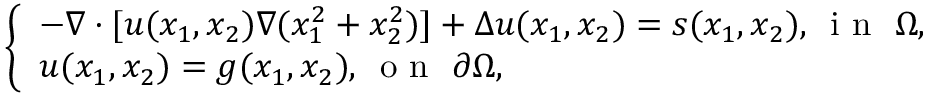
\left\{ \begin{array} { l l } { - \nabla \cdot [ u ( x _ { 1 } , x _ { 2 } ) \nabla ( x _ { 1 } ^ { 2 } + x _ { 2 } ^ { 2 } ) ] + \Delta u ( x _ { 1 } , x _ { 2 } ) = s ( x _ { 1 } , x _ { 2 } ) , \, \mathrm { ~ i ~ n ~ } \, \, \Omega , } \\ { u ( x _ { 1 } , x _ { 2 } ) = g ( x _ { 1 } , x _ { 2 } ) , \, \mathrm { ~ o ~ n ~ } \, \, \partial \Omega , } \end{array} \right.